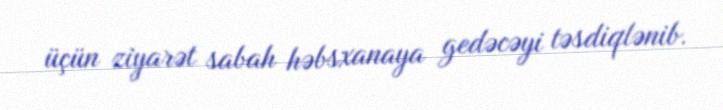
üçün ziyarət sabah həbsxanaya gedəcəyi təsdiqlənib.